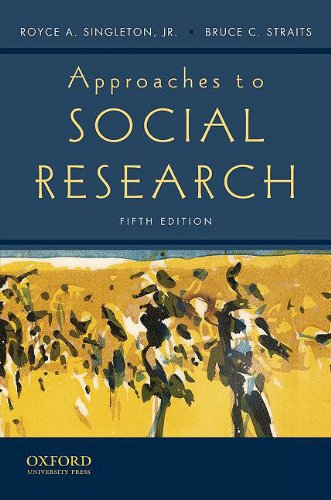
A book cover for Approaches to Social Research; Royce A. Singleton  Jr.; Politics & Social Sciences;